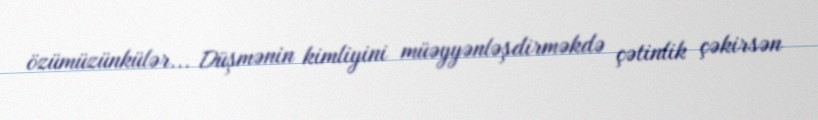
özümüzünkülər... Düşmənin kimliyini müəyyənləşdirməkdə çətinlik çəkirsən